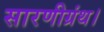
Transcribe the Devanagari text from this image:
सारणीग्रंथ।